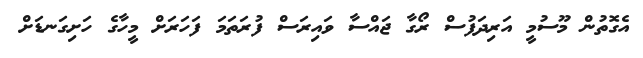
އެގޮތުން މޫސުމީ އަރިދަފުސް ރޯގާ ޖައްސާ ވައިރަސް ފުރަތަމަ ފަހަރަށް މީހާގެ ހަށިގަނޑަށް